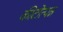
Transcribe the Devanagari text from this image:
कीटोत्पन्न